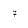
Character: 7